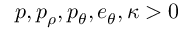
p , p _ { \rho } , p _ { \theta } , e _ { \theta } , \kappa > 0